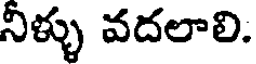
నిళ్ళు వదలాలి.